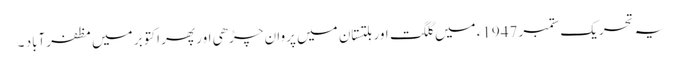
یہ تحریک ستمبر 1947ء میں گلگت اور بلتستان میں پروان چڑھی اور پھر اکتوبر میں مظفرآباد ۔